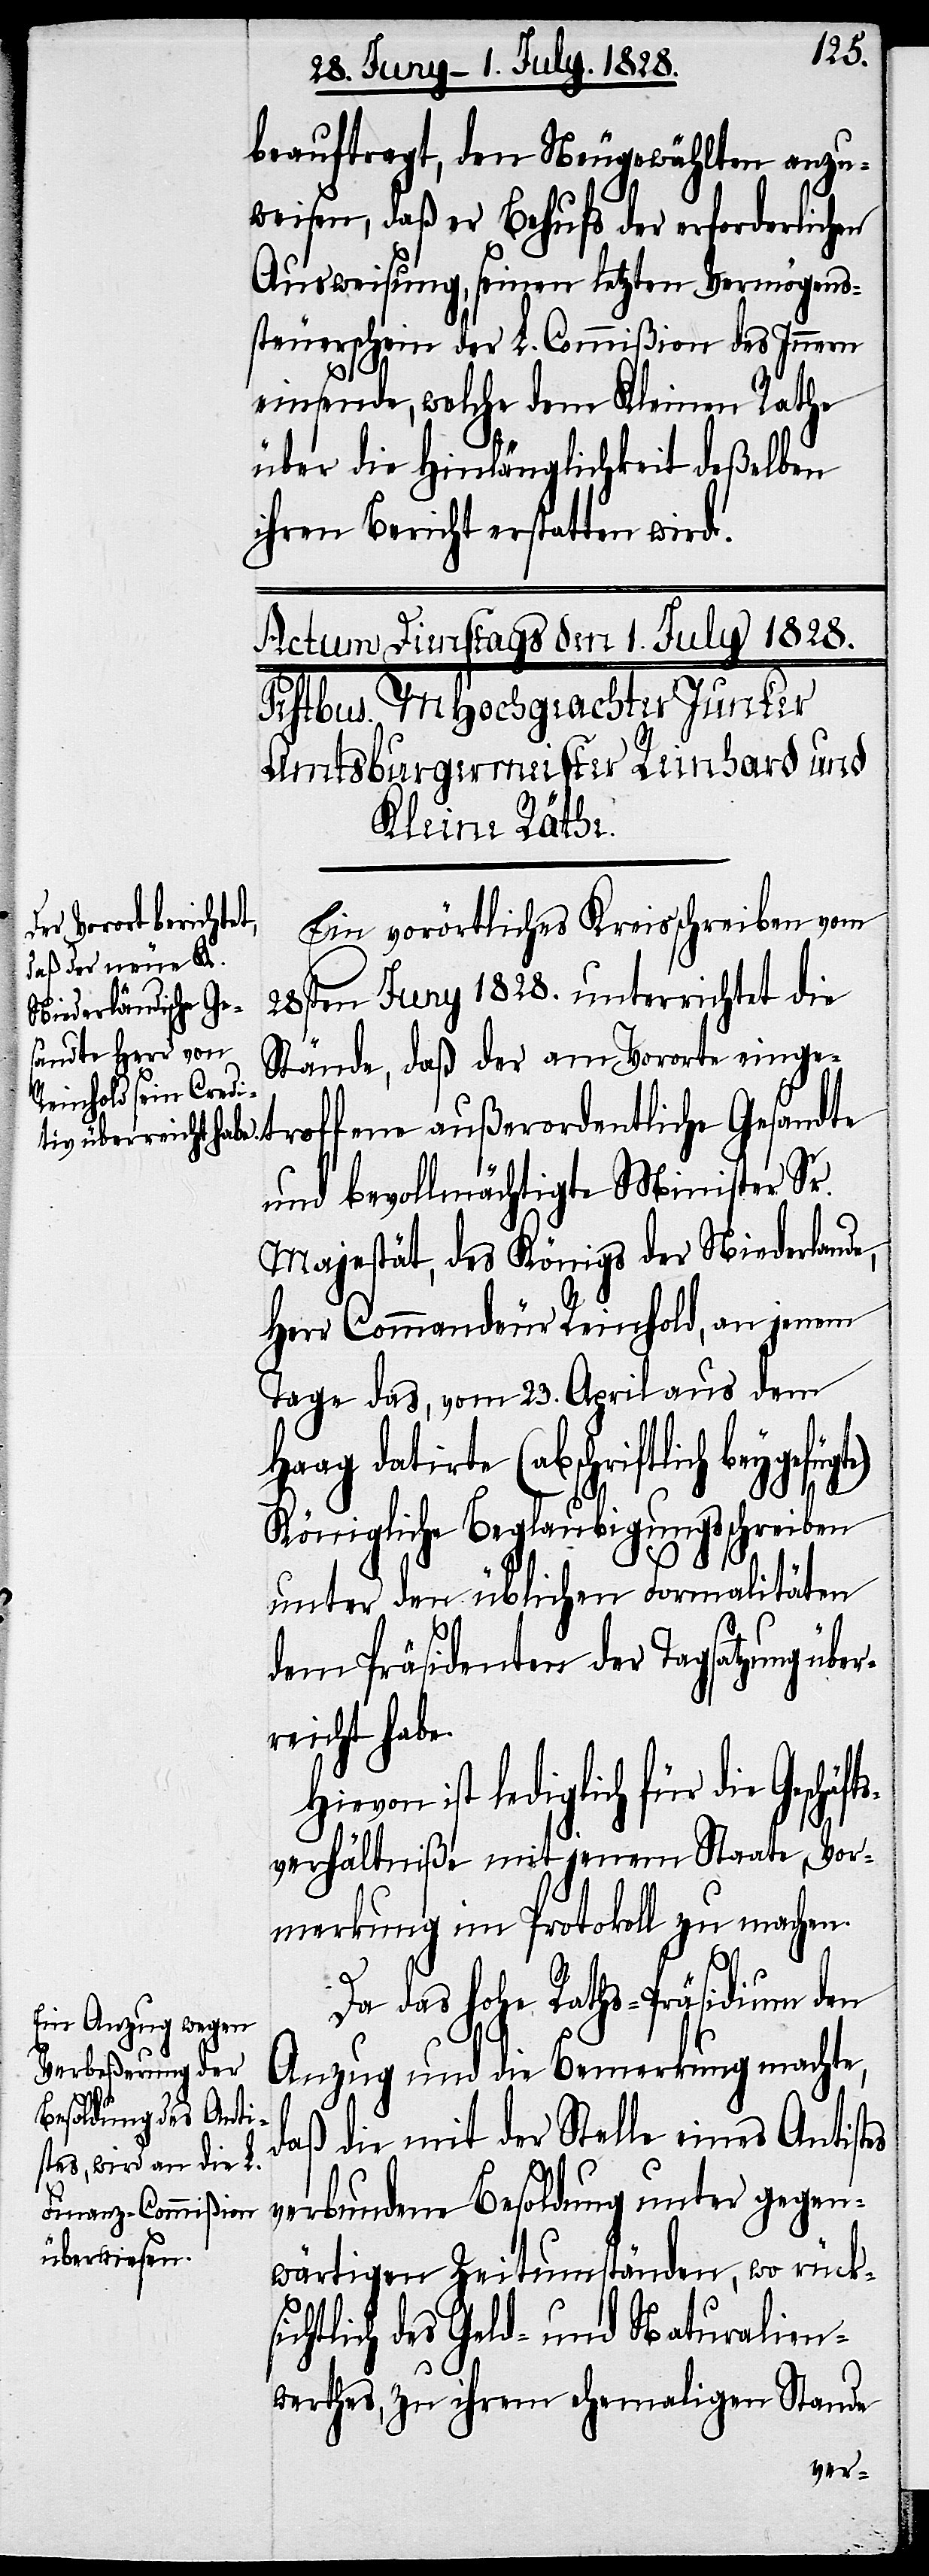
beauftragt, den Neugewählten anzu¬
weisen, daß er Behufs der erforderlichen
Ausweisung, seinen letzten Vermögens¬
steuerschein der L. Commißion des Innern
einsende, welche dem Kleinen Rathe
über die Hinlänglichkeit deßelben
ihren Bericht erstatten wird.
Ein vorörtliches Kreisschreiben vom
28sten Juny 1828. unterrichtet die
Stände, daß der am Vororte einge¬
troffene außerordentliche Gesandte
und bevollmächtigte Minister Sr.
Majestät, des Königs der Niederlande,
Herr Commandeur Reinhold, an jenem
Tage das, vom 23. April aus dem
Haag datirte (abschriftlich
Königliche Beglaubigungsschreiben
unter den üblichen Formalitäten
dem Präsidenten der Tagsatzung üb¬
reicht habe.
ist lediglich für die Geschäft¬
sverhältniße mit jenem Staate, Vor¬
merkung im Protokoll zu machen.
Da das hohe Raths-Präsidium den
Anzug und die Bemerkung machte,
daß die mit der Stelle eines Antistes
verbundene Besoldung unter gegen¬
wärtigen Zeitumständen, wo rücks¬
ichtlich des Geld- und Naturalien¬
werthes, zu ihrem ehemaligen Stande
er¬